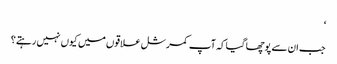
‘
جب ان سے پوچھا گیا کہ آپ کمرشل علاقوں میں کیوں نہیں رہتے؟